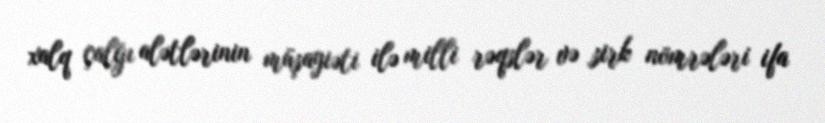
xalq çalğı alətlərinin müşayiəti ilə milli rəqslər və sirk nömrələri ifa